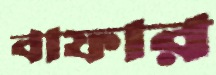
বাফার